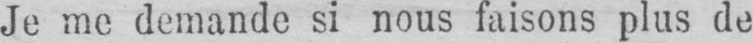
Je me demande si nous faisons plus de